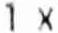
1 X